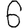
Digit: 6